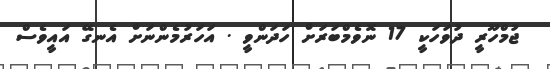
ޖުމްހޫރީ ދުވަހަކީ 17 ނޮވެމްބަރަށް ހަދަންވީ . އަހަރުމެންނަށް އެނގޭ އައީވެސް